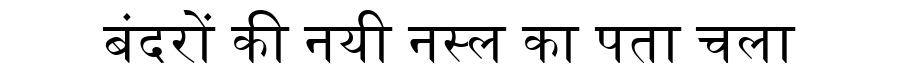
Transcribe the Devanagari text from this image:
बंदरों की नयी नस्ल का पता चला